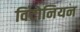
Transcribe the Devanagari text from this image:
विंटोनियन